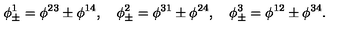
\phi _ { \pm } ^ { 1 } = \phi ^ { 2 3 } \pm \phi ^ { 1 4 } , \quad \phi _ { \pm } ^ { 2 } = \phi ^ { 3 1 } \pm \phi ^ { 2 4 } , \quad \phi _ { \pm } ^ { 3 } = \phi ^ { 1 2 } \pm \phi ^ { 3 4 } .